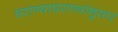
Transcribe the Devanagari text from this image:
घराण्याघराण्यांनुसार